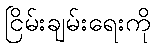
ငြိမ်းချမ်းရေးကို